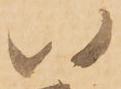
以